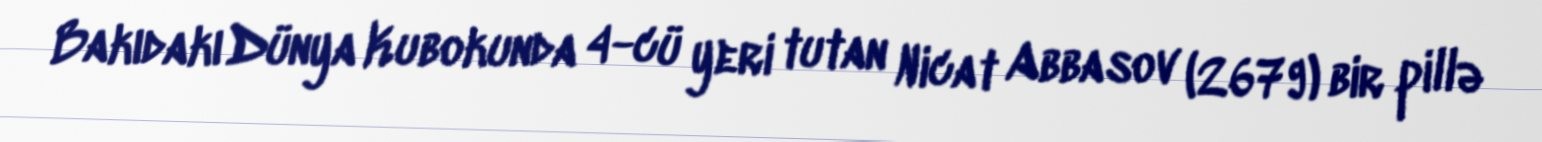
Bakıdakı Dünya Kubokunda 4-cü yeri tutan Nicat Abbasov (2679) bir pillə